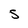
Character: S